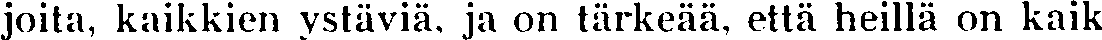
joita, kaikkien ystäviä, ja on tärkeää, että heillä on kaik